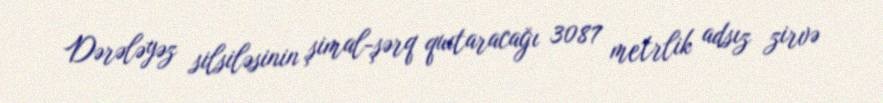
Dərələyəz silsiləsinin şimal-şərq quıtaracağı 3087 metrlik adsız zirvə